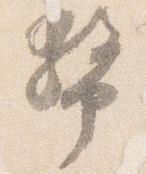
幣